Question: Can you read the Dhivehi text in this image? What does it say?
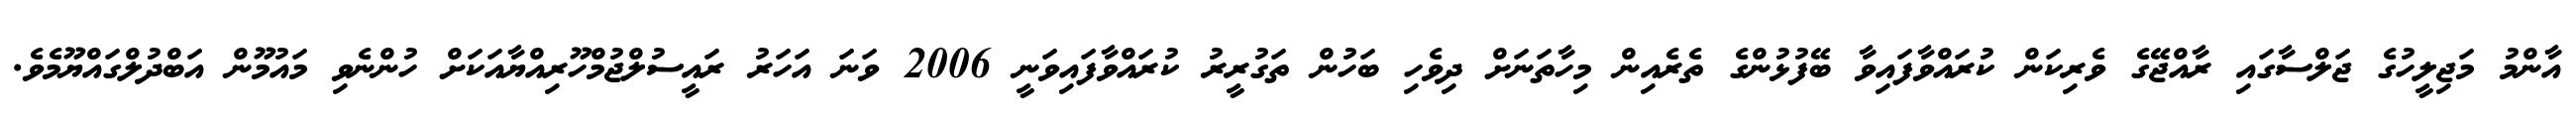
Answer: އާންމު މަޖިލީހުގެ ޖަލްސާގައި ރާއްޖޭގެ ވެރިކަން ކުރައްވާފައިވާ ބޭފުޅުންގެ ތެރެއިން މިހާތަނަށް ދިވެހި ބަހުން ތަގުރީރު ކުރައްވާފައިވަނީ 2006 ވަނަ އަހަރު ރައީސުލްޖުމްހޫރިއްޔާއަކަށް ހުންނެވި މައުމޫން އަބްދުލްގައްޔޫމެވެ.